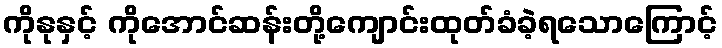
ကိုနုနှင့် ကိုအောင်ဆန်းတို့ကျောင်းထုတ်ခံခဲ့ရသောကြောင့်